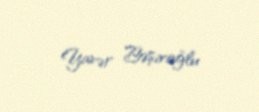
Yavər Bəşiroğlu